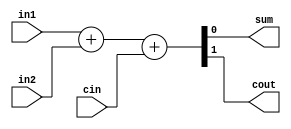
module fadd (in1,in2,cin,sum,cout);
  input in1,in2;
  input cin;
  output sum;
  output cout;
  
  assign {cout, sum} = in1 + in2 + cin;
endmodule